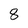
Character: 8